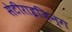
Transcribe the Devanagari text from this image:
सेटीराइज़िन्ग